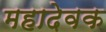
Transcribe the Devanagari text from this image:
महादेवक